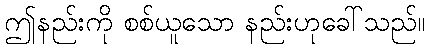
ဤနည်းကို စစ်ယူသော နည်းဟုခေါ်သည်။